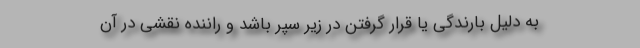
به دلیل بارندگی یا قرار گرفتن در زیر سپر باشد و راننده نقشی در آن